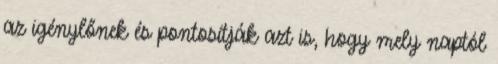
az igénylőnek és pontosítják azt is, hogy mely naptól